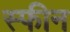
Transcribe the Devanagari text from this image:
स्फीन